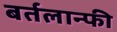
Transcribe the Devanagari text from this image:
बर्तलान्फी